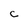
Character: C